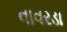
વાવરડા